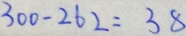
3 0 0 - 2 6 2 = 3 8